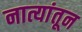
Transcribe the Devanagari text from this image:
नात्यांतून